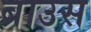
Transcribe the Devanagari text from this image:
ब्राउस